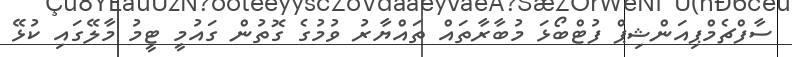
ސާފްޗެމްޕިއަންޝިޕް ފުޓްބޯޅަ މުބާރާތައް ތައްޔާރު ވުމުގެ ގޮތުން ގައުމީ ޓީމު މާލޭގައި ކުޅޭ